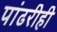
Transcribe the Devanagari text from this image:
पांढरीही